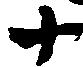
十